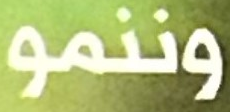
وننمو